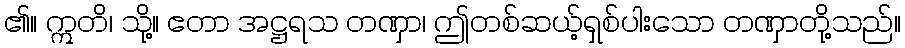
၏။ ဣတိ၊ သို့။ ဧတာ အဋ္ဌရသ တဏှာ၊ ဤတစ်ဆယ့်ရှစ်ပါးသော တဏှာတို့သည်။